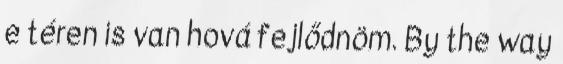
e téren is van hová fejlődnöm. By the way